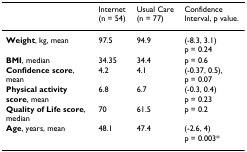
|  | Internet (n = 54) | Usual Care (n = 77) | Confidence Interval, p value. |
 | --- | --- | --- | --- |
 | Weight, kg, mean | 97.5 | 94.9 | (-8.3, 3.1) p = 0.24 |
 | BMI, median | 34.35 | 34.4 | p = 0.6 |
 | Confidence score, mean | 4.2 | 4.1 | (-0.37, 0.5), p = 0.07 |
 | Physical activity score, mean | 6.8 | 6.7 | (-0.3, 0.4) p = 0.23 |
 | Quality of Life score, median | 70 | 61.5 | p = 0.2 |
 | Age, years, mean | 48.1 | 47.4 | (-2.6, 4) p = 0.003* |